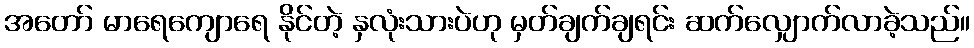
အတော် မာရေကျောရေ နိုင်တဲ့ နှလုံးသားပဲဟု မှတ်ချက်ချရင်း ဆက်လျှောက်လာခဲ့သည်။